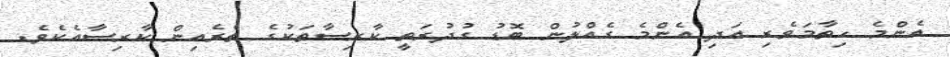
އެންމެ ހިތާމަވެރި އަދި އެންމެ ގެއްލުން ބޮޑު ގުދުރަތީ ކާރިސާތަކުގެ ތެރެއިން ކާރިސާއެކެވެ.